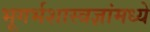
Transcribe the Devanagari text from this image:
भूगर्भशास्त्रज्ञांमध्ये